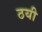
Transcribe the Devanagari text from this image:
ठयी